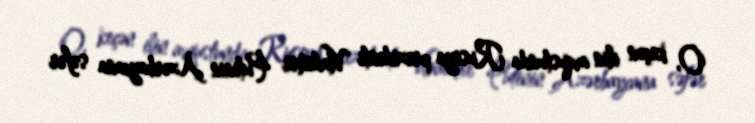
O, keçən ilin avqustunda Rusiya prezidenti Vladimir Putinin Azərbaycana səfər